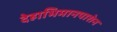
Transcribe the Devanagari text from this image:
देहाभिमानपाशेन